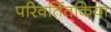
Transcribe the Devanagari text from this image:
परिवर्तितकिया